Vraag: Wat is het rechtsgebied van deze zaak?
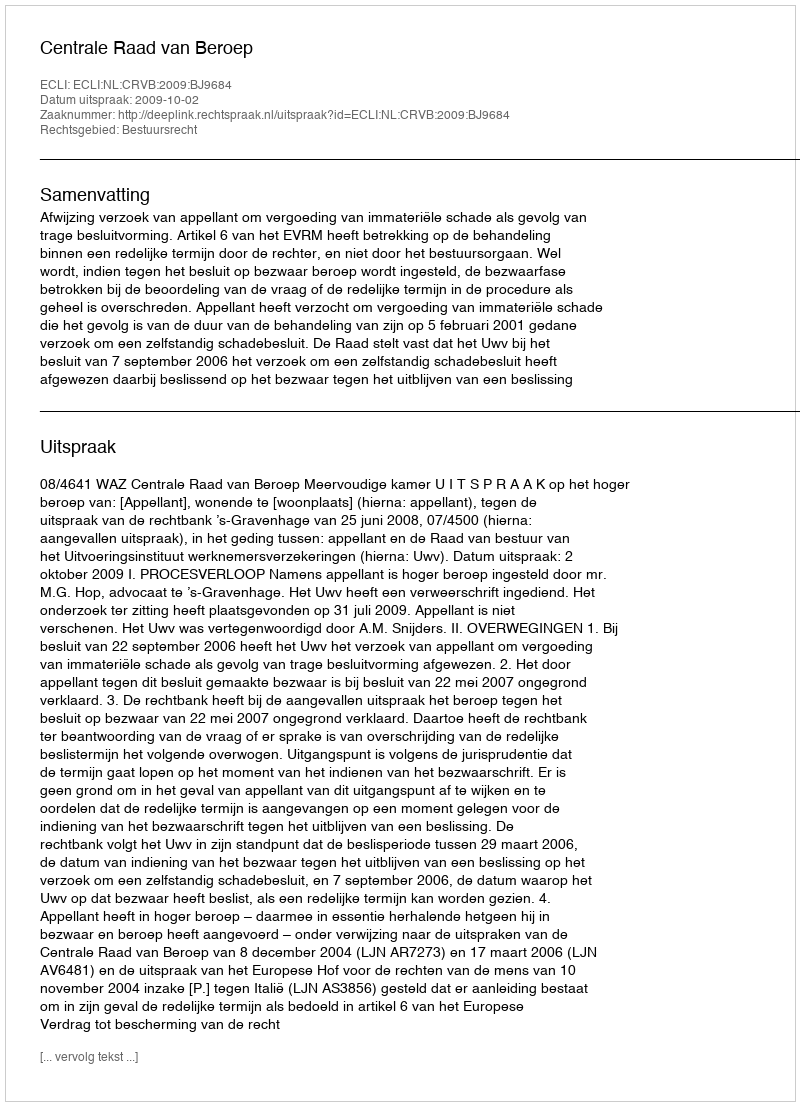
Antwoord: Bestuursrecht